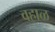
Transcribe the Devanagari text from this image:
वहाळ